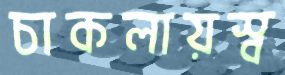
চাকলায়স্ব